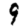
Digit: 9